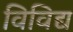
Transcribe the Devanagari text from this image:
विविद्य